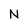
Character: N